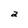
Character: a